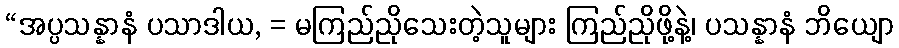
“အပ္ပသန္နာနံ ပသာဒါယ, = မကြည်ညိုသေးတဲ့သူများ ကြည်ညိုဖို့နဲ့၊ ပသန္နာနံ ဘိယျော